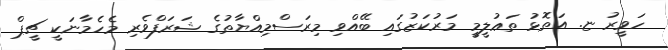
ހަވީރު ޏ. އަތޮޅު ތަޢުލީމީ މަރުކަޒުގައި ބޭއްވި މިރަސްމިއްޔާތުގެ ޝަރަފްވެރި މެހެމާނަކީ ޗީޕް